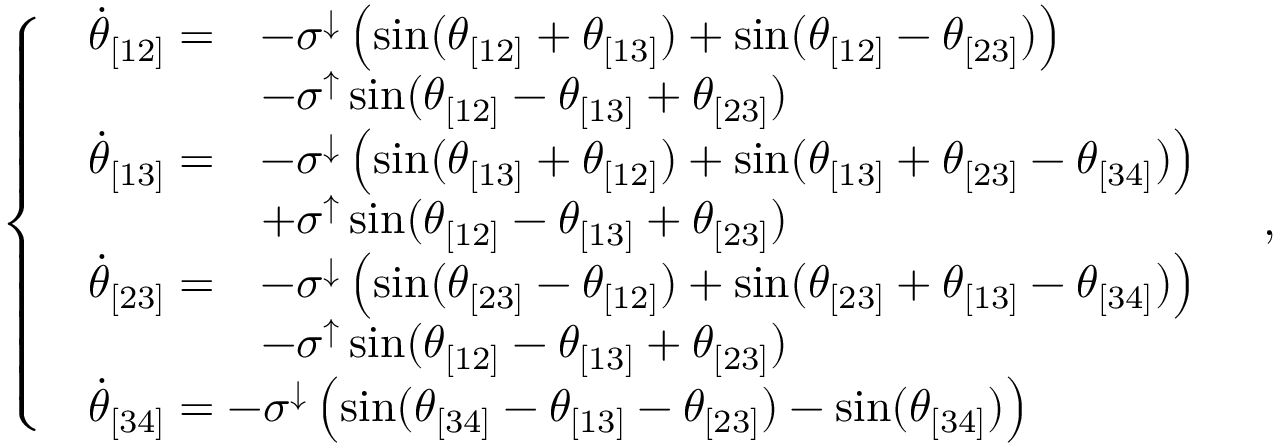
\left\{ \begin{array} { l l } { \begin{array} { r l } { \Dot { \theta } _ { [ 1 2 ] } = } & { - \sigma ^ { \downarrow } \left( \sin ( \theta _ { [ 1 2 ] } + \theta _ { [ 1 3 ] } ) + \sin ( \theta _ { [ 1 2 ] } - \theta _ { [ 2 3 ] } ) \right) } \\ & { - \sigma ^ { \uparrow } \sin ( \theta _ { [ 1 2 ] } - \theta _ { [ 1 3 ] } + \theta _ { [ 2 3 ] } ) } \end{array} } \\ { \begin{array} { r l } { \Dot { \theta } _ { [ 1 3 ] } = } & { - \sigma ^ { \downarrow } \left( \sin ( \theta _ { [ 1 3 ] } + \theta _ { [ 1 2 ] } ) + \sin ( \theta _ { [ 1 3 ] } + \theta _ { [ 2 3 ] } - \theta _ { [ 3 4 ] } ) \right) } \\ & { + \sigma ^ { \uparrow } \sin ( \theta _ { [ 1 2 ] } - \theta _ { [ 1 3 ] } + \theta _ { [ 2 3 ] } ) } \end{array} } \\ { \begin{array} { r l } { \Dot { \theta } _ { [ 2 3 ] } = } & { - \sigma ^ { \downarrow } \left( \sin ( \theta _ { [ 2 3 ] } - \theta _ { [ 1 2 ] } ) + \sin ( \theta _ { [ 2 3 ] } + \theta _ { [ 1 3 ] } - \theta _ { [ 3 4 ] } ) \right) } \\ & { - \sigma ^ { \uparrow } \sin ( \theta _ { [ 1 2 ] } - \theta _ { [ 1 3 ] } + \theta _ { [ 2 3 ] } ) } \end{array} } \\ { \begin{array} { r } { \Dot { \theta } _ { [ 3 4 ] } = - \sigma ^ { \downarrow } \left( \sin ( \theta _ { [ 3 4 ] } - \theta _ { [ 1 3 ] } - \theta _ { [ 2 3 ] } ) - \sin ( \theta _ { [ 3 4 ] } ) \right) } \end{array} } \end{array} \right. \, ,